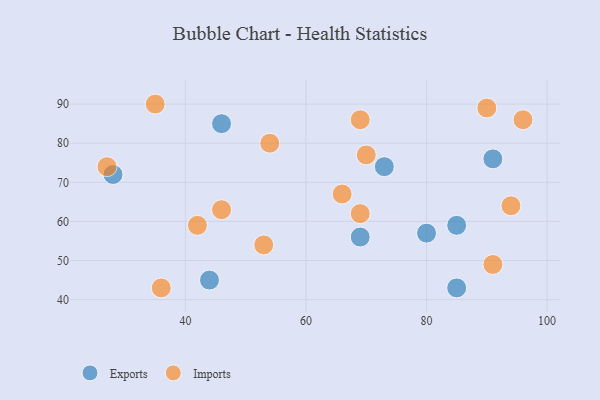
{"axis": {"x": "GDP", "y": "Life Expectancy"}, "legend": ["Exports", "Imports"], "data": [{"x": "28", "y": 72, "type": "Exports"}, {"x": "69", "y": 56, "type": "Exports"}, {"x": "44", "y": 45, "type": "Exports"}, {"x": "91", "y": 76, "type": "Exports"}, {"x": "73", "y": 74, "type": "Exports"}, {"x": "80", "y": 57, "type": "Exports"}, {"x": "46", "y": 85, "type": "Exports"}, {"x": "85", "y": 43, "type": "Exports"}, {"x": "85", "y": 59, "type": "Exports"}, {"x": "91", "y": 49, "type": "Imports"}, {"x": "96", "y": 86, "type": "Imports"}, {"x": "94", "y": 64, "type": "Imports"}, {"x": "53", "y": 54, "type": "Imports"}, {"x": "27", "y": 74, "type": "Imports"}, {"x": "90", "y": 89, "type": "Imports"}, {"x": "69", "y": 86, "type": "Imports"}, {"x": "69", "y": 62, "type": "Imports"}, {"x": "46", "y": 63, "type": "Imports"}, {"x": "54", "y": 80, "type": "Imports"}, {"x": "42", "y": 59, "type": "Imports"}, {"x": "35", "y": 90, "type": "Imports"}, {"x": "70", "y": 77, "type": "Imports"}, {"x": "36", "y": 43, "type": "Imports"}, {"x": "66", "y": 67, "type": "Imports"}]}